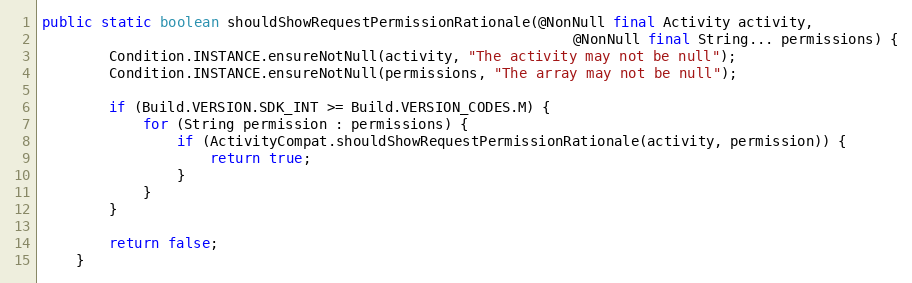
Language: Java
public static boolean shouldShowRequestPermissionRationale(@NonNull final Activity activity,
                                                               @NonNull final String... permissions) {
        Condition.INSTANCE.ensureNotNull(activity, "The activity may not be null");
        Condition.INSTANCE.ensureNotNull(permissions, "The array may not be null");

        if (Build.VERSION.SDK_INT >= Build.VERSION_CODES.M) {
            for (String permission : permissions) {
                if (ActivityCompat.shouldShowRequestPermissionRationale(activity, permission)) {
                    return true;
                }
            }
        }

        return false;
    }